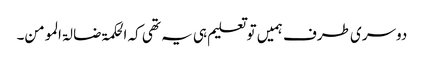
دوسری طرف ہمیں تو تعلیم ہی یہ تھی کہ الحکمۃ ضا لۃ المومن۔